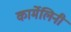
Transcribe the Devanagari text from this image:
कार्मेलिनी